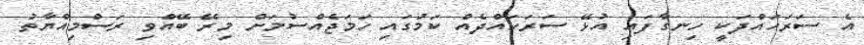
އެ ސަރަހައްދަކީ ހިނގާފައި އުޅޭ ސަރަހައްދެއް ކަމުގައި ހަމަޖެއްސުމަށް މިރޭ ބޭއްވި ރަސްމިއްޔާތު